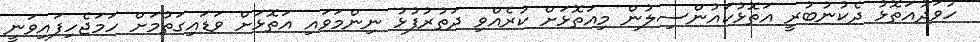
ހުވަދުއަތޮޅު ދެކުނުބުރީ އަތޮޅުކައުންސިލުން މިއަތޮޅަށް ކުރެއްވި ދަތުރުފުޅު ނިންމަވައި އަތޮޅަށް ވަޑައިގަތުމަށް ހަމަޖެހިފައިވަނީ